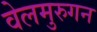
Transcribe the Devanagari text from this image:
वेलमुरुगन